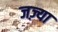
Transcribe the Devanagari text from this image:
जज़्या